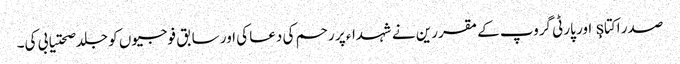
صدر اکتاş اور پارٹی گروپ کے مقررین نے شہداء پر رحم کی دعا کی اور سابق فوجیوں کو جلد صحتیابی کی۔